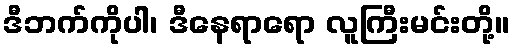
ဒီဘက်ကိုပါ၊ ဒီနေရာရော လူကြီးမင်းတို့။